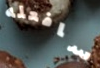
سافعله